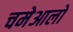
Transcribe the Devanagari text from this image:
चमेआलो